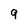
Character: 9